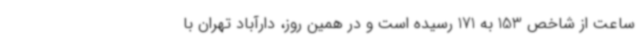
ساعت از شاخص 153 به 171 رسیده است و در همین روز، دارآباد تهران با